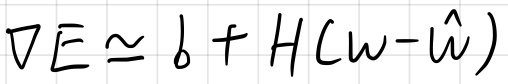
$\nabla E \simeq b + H(\omega - \hat{\omega})$